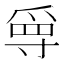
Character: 𡬳